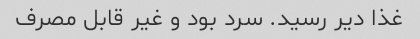
غذا دیر رسید. سرد بود و غیر قابل مصرف